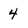
Character: 4